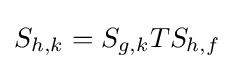
S_{h,k}=S_{g,k}TS_{h,f}